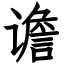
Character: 谵